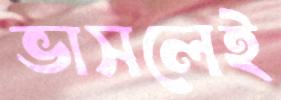
ভাসলেই